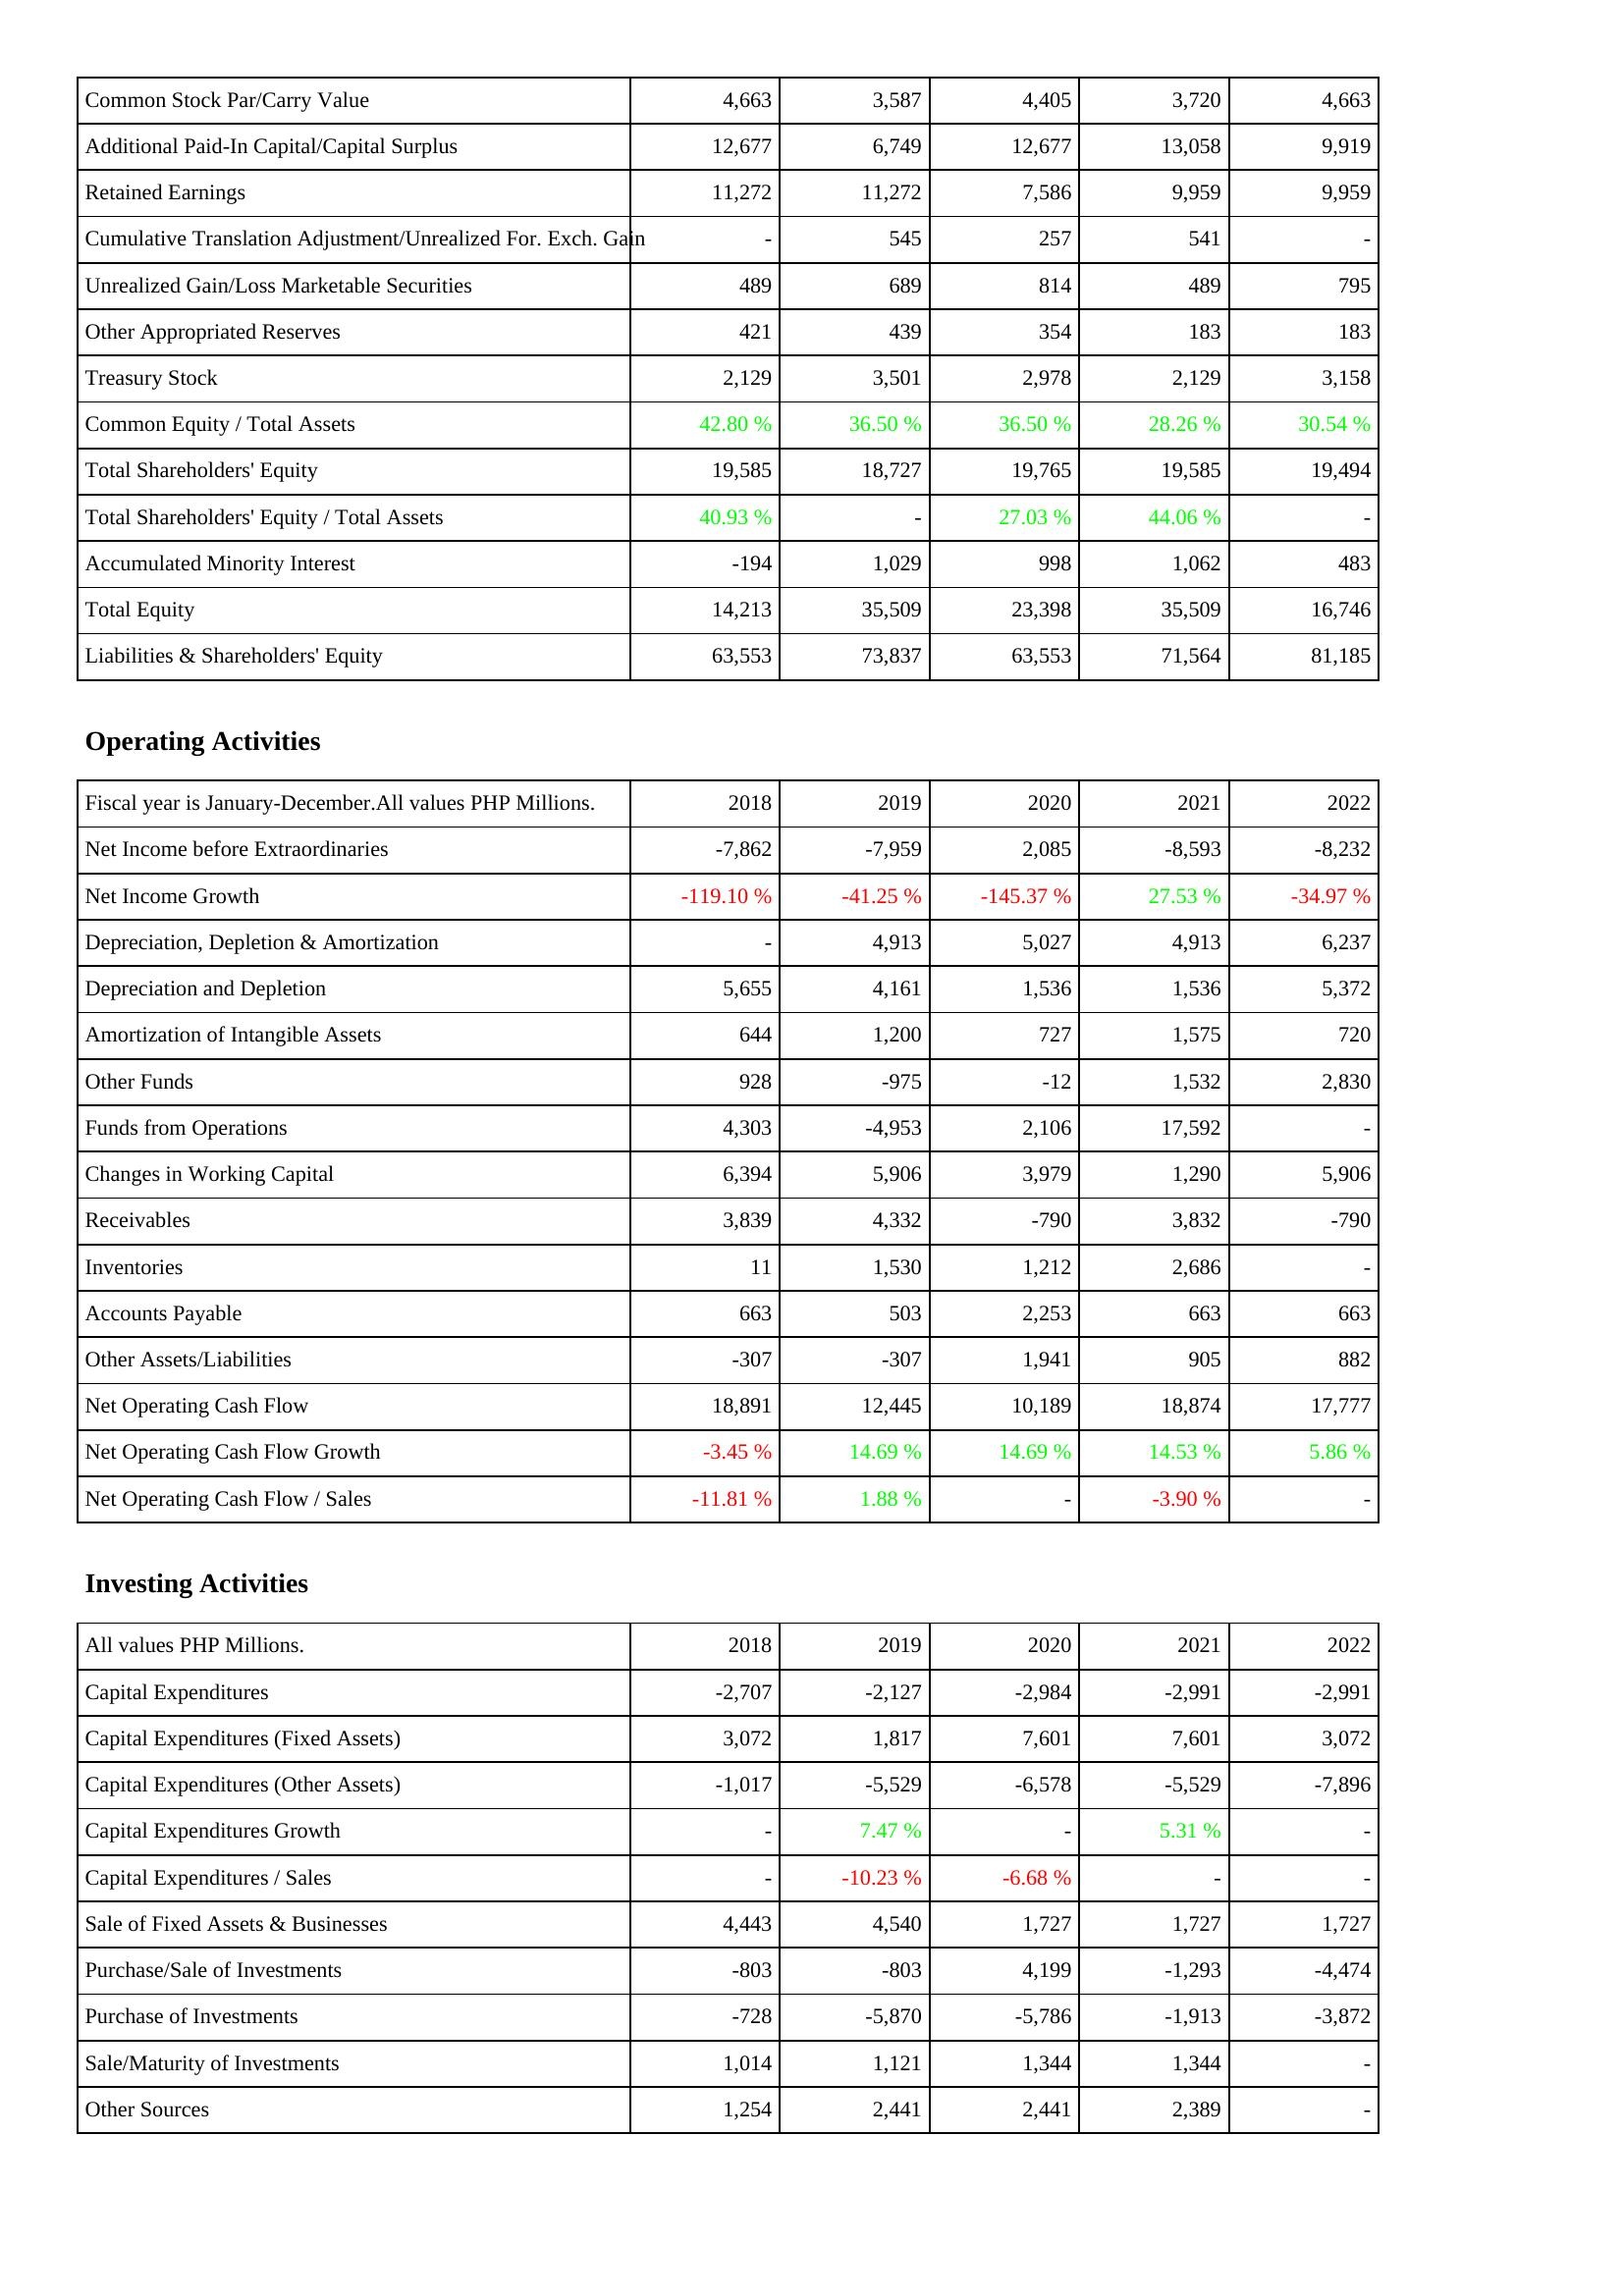
2018: Liabilities & Shareholders' Equity: Common Stock Par/Carry Value: 4,663
Additional Paid-In Capital/Capital Surplus: 12,677
Retained Earnings: 11,272
Cumulative Translation Adjustment/Unrealized For. Exch. Gain: -
Unrealized Gain/Loss Marketable Securities: 489
Other Appropriated Reserves: 421
Treasury Stock: 2,129
Common Equity / Total Assets: 42.80 %
Total Shareholders' Equity: 19,585
Total Shareholders' Equity / Total Assets: 40.93 %
Accumulated Minority Interest: -194
Total Equity: 14,213
Liabilities & Shareholders' Equity: 63,553
Operating Activities: Net Income before Extraordinaries: -7,862
Net Income Growth: -119.10 %
Depreciation, Depletion & Amortization: -
Depreciation and Depletion: 5,655
Amortization of Intangible Assets: 644
Other Funds: 928
Funds from Operations: 4,303
Changes in Working Capital: 6,394
Receivables: 3,839
Inventories: 11
Accounts Payable: 663
Other Assets/Liabilities: -307
Net Operating Cash Flow: 18,891
Net Operating Cash Flow Growth: -3.45 %
Net Operating Cash Flow / Sales: -11.81 %
Investing Activities: Capital Expenditures: -2,707
Capital Expenditures (Fixed Assets): 3,072
Capital Expenditures (Other Assets): -1,017
Capital Expenditures Growth: -
Capital Expenditures / Sales: -
Sale of Fixed Assets & Businesses: 4,443
Purchase/Sale of Investments: -803
Purchase of Investments: -728
Sale/Maturity of Investments: 1,014
Other Sources: 1,254
2019: Liabilities & Shareholders' Equity: Common Stock Par/Carry Value: 3,587
Additional Paid-In Capital/Capital Surplus: 6,749
Retained Earnings: 11,272
Cumulative Translation Adjustment/Unrealized For. Exch. Gain: 545
Unrealized Gain/Loss Marketable Securities: 689
Other Appropriated Reserves: 439
Treasury Stock: 3,501
Common Equity / Total Assets: 36.50 %
Total Shareholders' Equity: 18,727
Total Shareholders' Equity / Total Assets: -
Accumulated Minority Interest: 1,029
Total Equity: 35,509
Liabilities & Shareholders' Equity: 73,837
Operating Activities: Net Income before Extraordinaries: -7,959
Net Income Growth: -41.25 %
Depreciation, Depletion & Amortization: 4,913
Depreciation and Depletion: 4,161
Amortization of Intangible Assets: 1,200
Other Funds: -975
Funds from Operations: -4,953
Changes in Working Capital: 5,906
Receivables: 4,332
Inventories: 1,530
Accounts Payable: 503
Other Assets/Liabilities: -307
Net Operating Cash Flow: 12,445
Net Operating Cash Flow Growth: 14.69 %
Net Operating Cash Flow / Sales: 1.88 %
Investing Activities: Capital Expenditures: -2,127
Capital Expenditures (Fixed Assets): 1,817
Capital Expenditures (Other Assets): -5,529
Capital Expenditures Growth: 7.47 %
Capital Expenditures / Sales: -10.23 %
Sale of Fixed Assets & Businesses: 4,540
Purchase/Sale of Investments: -803
Purchase of Investments: -5,870
Sale/Maturity of Investments: 1,121
Other Sources: 2,441
2020: Liabilities & Shareholders' Equity: Common Stock Par/Carry Value: 4,405
Additional Paid-In Capital/Capital Surplus: 12,677
Retained Earnings: 7,586
Cumulative Translation Adjustment/Unrealized For. Exch. Gain: 257
Unrealized Gain/Loss Marketable Securities: 814
Other Appropriated Reserves: 354
Treasury Stock: 2,978
Common Equity / Total Assets: 36.50 %
Total Shareholders' Equity: 19,765
Total Shareholders' Equity / Total Assets: 27.03 %
Accumulated Minority Interest: 998
Total Equity: 23,398
Liabilities & Shareholders' Equity: 63,553
Operating Activities: Net Income before Extraordinaries: 2,085
Net Income Growth: -145.37 %
Depreciation, Depletion & Amortization: 5,027
Depreciation and Depletion: 1,536
Amortization of Intangible Assets: 727
Other Funds: -12
Funds from Operations: 2,106
Changes in Working Capital: 3,979
Receivables: -790
Inventories: 1,212
Accounts Payable: 2,253
Other Assets/Liabilities: 1,941
Net Operating Cash Flow: 10,189
Net Operating Cash Flow Growth: 14.69 %
Net Operating Cash Flow / Sales: -
Investing Activities: Capital Expenditures: -2,984
Capital Expenditures (Fixed Assets): 7,601
Capital Expenditures (Other Assets): -6,578
Capital Expenditures Growth: -
Capital Expenditures / Sales: -6.68 %
Sale of Fixed Assets & Businesses: 1,727
Purchase/Sale of Investments: 4,199
Purchase of Investments: -5,786
Sale/Maturity of Investments: 1,344
Other Sources: 2,441
2021: Liabilities & Shareholders' Equity: Common Stock Par/Carry Value: 3,720
Additional Paid-In Capital/Capital Surplus: 13,058
Retained Earnings: 9,959
Cumulative Translation Adjustment/Unrealized For. Exch. Gain: 541
Unrealized Gain/Loss Marketable Securities: 489
Other Appropriated Reserves: 183
Treasury Stock: 2,129
Common Equity / Total Assets: 28.26 %
Total Shareholders' Equity: 19,585
Total Shareholders' Equity / Total Assets: 44.06 %
Accumulated Minority Interest: 1,062
Total Equity: 35,509
Liabilities & Shareholders' Equity: 71,564
Operating Activities: Net Income before Extraordinaries: -8,593
Net Income Growth: 27.53 %
Depreciation, Depletion & Amortization: 4,913
Depreciation and Depletion: 1,536
Amortization of Intangible Assets: 1,575
Other Funds: 1,532
Funds from Operations: 17,592
Changes in Working Capital: 1,290
Receivables: 3,832
Inventories: 2,686
Accounts Payable: 663
Other Assets/Liabilities: 905
Net Operating Cash Flow: 18,874
Net Operating Cash Flow Growth: 14.53 %
Net Operating Cash Flow / Sales: -3.90 %
Investing Activities: Capital Expenditures: -2,991
Capital Expenditures (Fixed Assets): 7,601
Capital Expenditures (Other Assets): -5,529
Capital Expenditures Growth: 5.31 %
Capital Expenditures / Sales: -
Sale of Fixed Assets & Businesses: 1,727
Purchase/Sale of Investments: -1,293
Purchase of Investments: -1,913
Sale/Maturity of Investments: 1,344
Other Sources: 2,389
2022: Liabilities & Shareholders' Equity: Common Stock Par/Carry Value: 4,663
Additional Paid-In Capital/Capital Surplus: 9,919
Retained Earnings: 9,959
Cumulative Translation Adjustment/Unrealized For. Exch. Gain: -
Unrealized Gain/Loss Marketable Securities: 795
Other Appropriated Reserves: 183
Treasury Stock: 3,158
Common Equity / Total Assets: 30.54 %
Total Shareholders' Equity: 19,494
Total Shareholders' Equity / Total Assets: -
Accumulated Minority Interest: 483
Total Equity: 16,746
Liabilities & Shareholders' Equity: 81,185
Operating Activities: Net Income before Extraordinaries: -8,232
Net Income Growth: -34.97 %
Depreciation, Depletion & Amortization: 6,237
Depreciation and Depletion: 5,372
Amortization of Intangible Assets: 720
Other Funds: 2,830
Funds from Operations: -
Changes in Working Capital: 5,906
Receivables: -790
Inventories: -
Accounts Payable: 663
Other Assets/Liabilities: 882
Net Operating Cash Flow: 17,777
Net Operating Cash Flow Growth: 5.86 %
Net Operating Cash Flow / Sales: -
Investing Activities: Capital Expenditures: -2,991
Capital Expenditures (Fixed Assets): 3,072
Capital Expenditures (Other Assets): -7,896
Capital Expenditures Growth: -
Capital Expenditures / Sales: -
Sale of Fixed Assets & Businesses: 1,727
Purchase/Sale of Investments: -4,474
Purchase of Investments: -3,872
Sale/Maturity of Investments: -
Other Sources: -